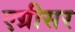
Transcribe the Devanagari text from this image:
एग्रीसर